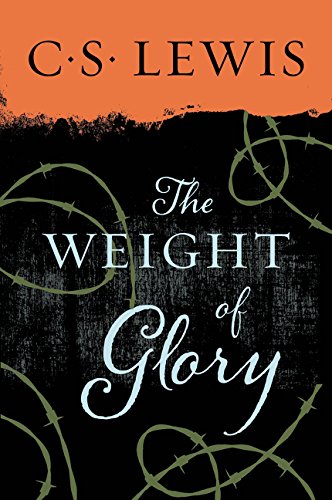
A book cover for The Weight of Glory; C. S. Lewis; Christian Books & Bibles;